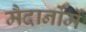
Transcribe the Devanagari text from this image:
मैदानोंमें